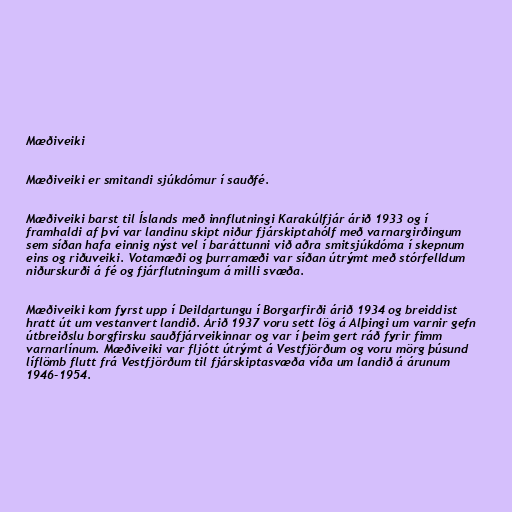
Mæðiveiki

Mæðiveiki er smitandi sjúkdómur í sauðfé.

Mæðiveiki barst til Íslands með innflutningi Karakúlfjár árið 1933 og í
framhaldi af því var landinu skipt niður fjárskiptahólf með varnargirðingum
sem síðan hafa einnig nýst vel í baráttunni við aðra smitsjúkdóma í skepnum
eins og riðuveiki. Votamæði og þurramæði var síðan útrýmt með stórfelldum
niðurskurði á fé og fjárflutningum á milli svæða.

Mæðiveiki kom fyrst upp í Deildartungu í Borgarfirði árið 1934 og breiddist
hratt út um vestanvert landið. Árið 1937 voru sett lög á Alþingi um varnir gefn
útbreiðslu borgfirsku sauðfjárveikinnar og var í þeim gert ráð fyrir fimm
varnarlínum. Mæðiveiki var fljótt útrýmt á Vestfjörðum og voru mörg þúsund
líflömb flutt frá Vestfjörðum til fjárskiptasvæða víða um landið á árunum
1946-1954.